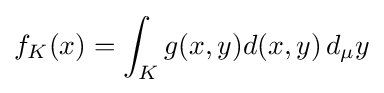
f_{K}(x)=\int _{K}g(x,y)d(x,y)\,d_{\mu }y